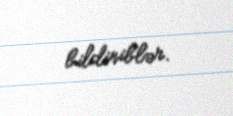
bildiriblər.